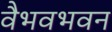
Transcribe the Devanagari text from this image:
वैभवभवन